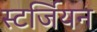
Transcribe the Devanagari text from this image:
स्टर्जियन